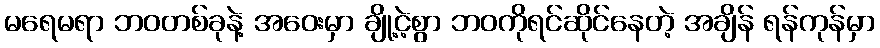
မရေမရာ ဘဝတစ်ခုနဲ့ အဝေးမှာ ချို့ငဲ့စွာ ဘဝကိုရင်ဆိုင်နေတဲ့ အချိန် ရန်ကုန်မှာ